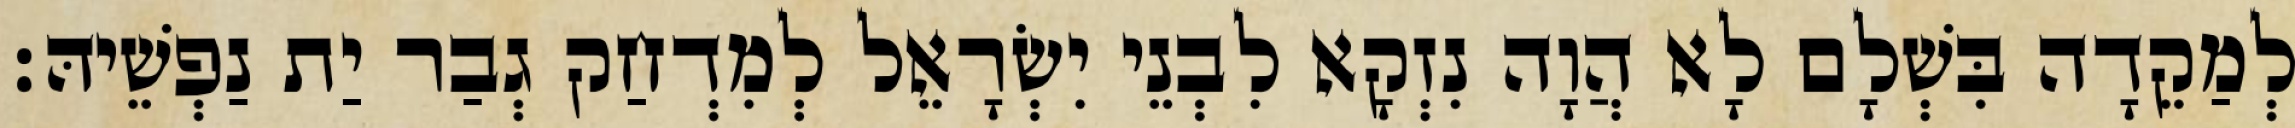
לְמַקֵדָה בִּשְׁלָם לָא הֲוָה נִזְקָא לִבְנֵי יִשְׂרָאֵל לְמִדְחַק גְבַר יַת נַפְשֵׁיהּ׃